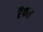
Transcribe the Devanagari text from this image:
रैफल